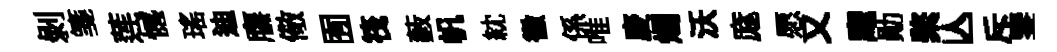
剥箋莲憾瑤迪譍儆囿筏藪帆紞徽係唯庱燭沃庬愿又麾勛綮亾斥鑒